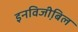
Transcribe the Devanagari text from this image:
इनविजी़बिल